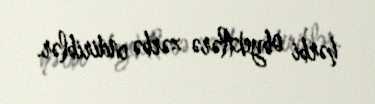
hərbi obyektlərə zərbə endiriblər.